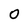
Character: 0